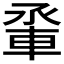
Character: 𫏵